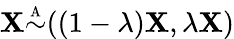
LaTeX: \mathbf{X}{\overset{\underset{\mathrm{{A}}}{}}{\sim}}((1-\lambda)\mathbf{X},\lambda\mathbf{X})